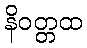
နိဝတ္တထ